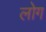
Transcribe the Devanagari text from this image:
लाेेग